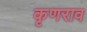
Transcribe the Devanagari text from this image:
कृणराव